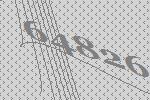
64826